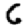
Digit: 6